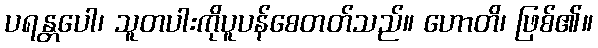
ပရန္တပေါ၊ သူတပါးကိုပူပန်စေတတ်သည်။ ဟောတိ၊ ဖြစ်၏။